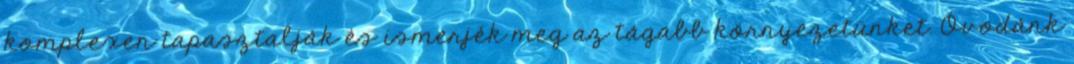
komplexen tapasztalják és ismerjék meg az tágabb környezetünket. Óvodánk